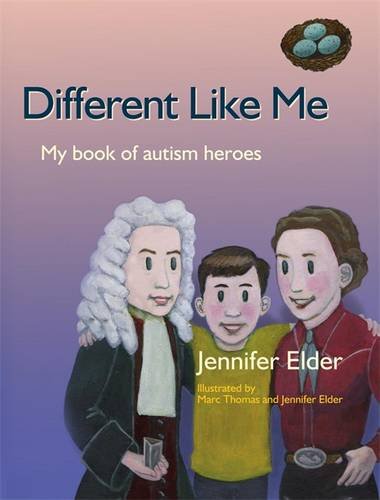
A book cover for Different Like Me: My Book of Autism Heroes; Jennifer Elder; Biographies & Memoirs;